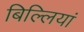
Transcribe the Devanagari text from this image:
बिल्‍लियां